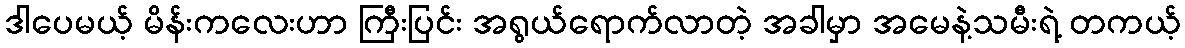
ဒါပေမယ့် မိန်းကလေးဟာ ကြီးပြင်း အရွယ်ရောက်လာတဲ့ အခါမှာ အမေနဲ့သမီးရဲ့ တကယ့်